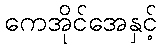
ကေအိုင်အေနှင့်